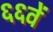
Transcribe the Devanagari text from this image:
६६वें